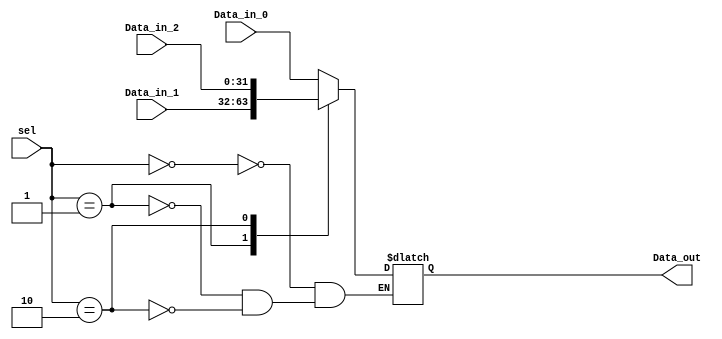
module Mux_2bits_sel_32bit(Data_in_0, Data_in_1, Data_in_2, sel, Data_out);
	 
    input [31:0] Data_in_0;
    input [31:0] Data_in_1,Data_in_2;
    input [1:0] sel;
    output reg[31:0] Data_out;

    always @(Data_in_0,Data_in_1,sel)
    begin
        case(sel)
		2'b00:
			begin
            			Data_out = Data_in_0;  
			end
		2'b01:
			begin
            			Data_out = Data_in_1;  
			end			
		2'b10:
			begin
            			Data_out = Data_in_2;  
			end
		default
			begin
				 Data_out = Data_out;
			end
	endcase
  
    end

endmodule